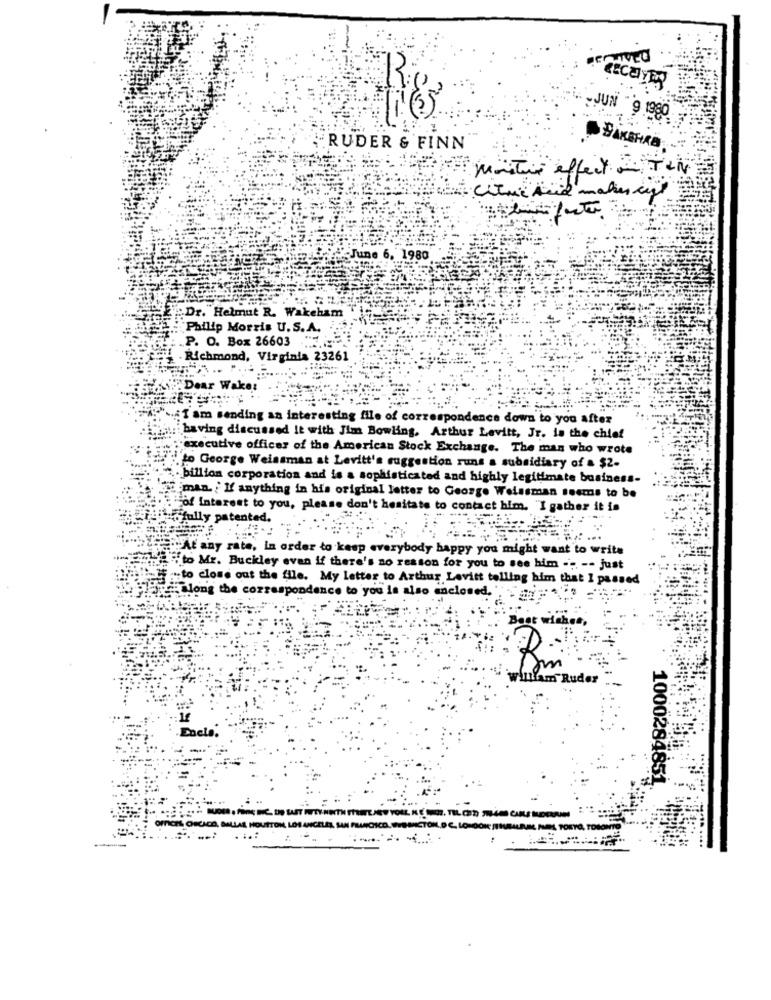
excely
JUN 9 1980
RUDER & FINN
BAKEHAB
monTur effect - TOM
Citric Acid mahnen
June 6, 1980
Dr. Helmut R. Wakeham
Philip Morris U.S.A.
P. O. Box 26603
· Richmond, Virginia 23261
Wak
I am sending an interesting file of correspondence down to you after
having discussed it with Jim Bowling, Arthur Levitt, Jr. in the chief
executive officer of the American Stock Exchange. The man who wrote
to George Weissman at Levitt's suggestion runs a subsidiary of a $2-
.. billion corporation and is a sophisticated and highly legitimate business-
man. : If anything in his original letter to George Weissman seems to be
Hiof Interest to you, please don't hesitate to contact him. "I gather it is
tofully patented.
"At any rate, in order to keep everybody happy you might want to write
"to Mr. Buckley even if there's no reason for you to see him -- -- just
to close out the file. My letter to Arthur Levitt telling him that I passed
port: Long the correspondence to you is also enclosed. ".'
Best wishes ,
william"Ruder
Each
1000284851.
Lom
PICHL OBCICO, BALLAR HOUSTON
....